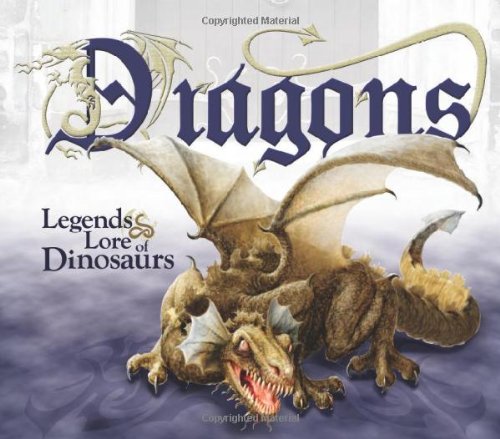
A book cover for Dragons: Legends & Lore of Dinosaurs; Laura Welch; Christian Books & Bibles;